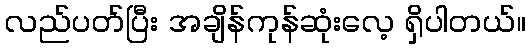
လည်ပတ်ပြီး အချိန်ကုန်ဆုံးလေ့ ရှိပါတယ်။